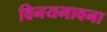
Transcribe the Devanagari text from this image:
विनयभावना